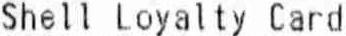
SHELL LOYALTY CARD